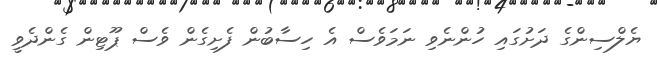
ޔެލްސިންގެ ދަށުގައި ހުންނެވި ނަމަވެސް އެ ހިސާބުން ފެށިގެން ވެސް ޕޫޓިން ގެންދެވީ